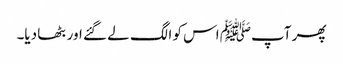
پھر آپﷺ اس کو الگ لے گئے اور بٹھا دیا۔